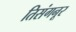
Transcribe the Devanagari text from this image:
तिसंगनूर